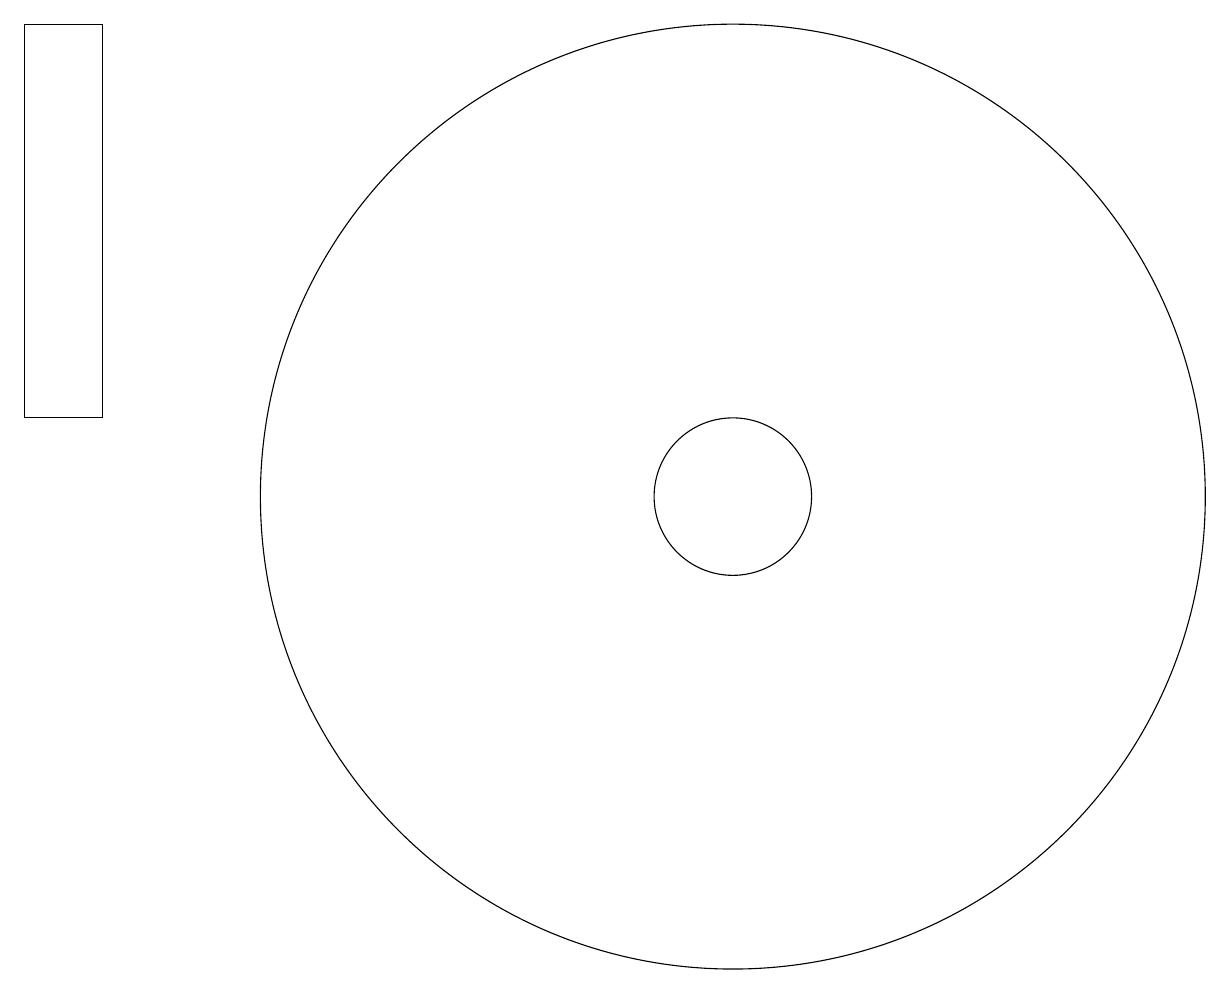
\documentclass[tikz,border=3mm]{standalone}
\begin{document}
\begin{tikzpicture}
\draw (11,11) circle (1);
\draw (3,12) rectangle (2,17);
\draw (11,11) circle (6);
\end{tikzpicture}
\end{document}